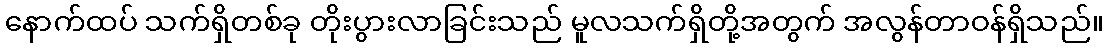
နောက်ထပ် သက်ရှိတစ်ခု တိုးပွားလာခြင်းသည် မူလသက်ရှိတို့အတွက် အလွန်တာဝန်ရှိသည်။